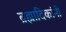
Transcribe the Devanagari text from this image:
ब्रह्मादिकांनी